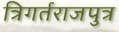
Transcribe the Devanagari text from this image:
त्रिगर्तराजपुत्र